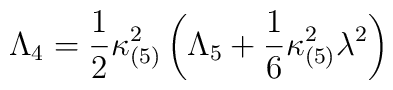
\Lambda_4=\frac{1}{2}\kappa_{(5)}^2\left(\Lambda_5+\frac{1}{6}\kappa_{(5)}^2\lambda^2\right)